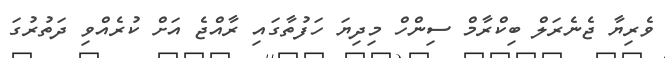
ވެރިޔާ ޖެނެރަލް ބިކްރާމް ސިންހް މިދިޔަ ހަފުތާގައި ރާއްޖެ އަށް ކުރެއްވި ދަތުރުގަ